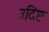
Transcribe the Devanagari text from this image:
उदिष्ट